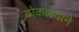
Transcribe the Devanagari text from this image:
ठोकळ्याने